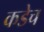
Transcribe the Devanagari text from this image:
कडेच